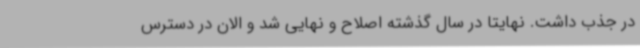
در جذب داشت. نهایتا در سال گذشته اصلاح و نهایی شد و الان در دسترس